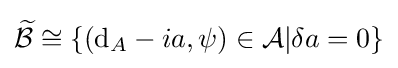
{\widetilde {\mathcal {B}}}\cong \{(\mathrm {d} _{A}-ia,\psi )\in {\mathcal {A}}|\delta a=0\}